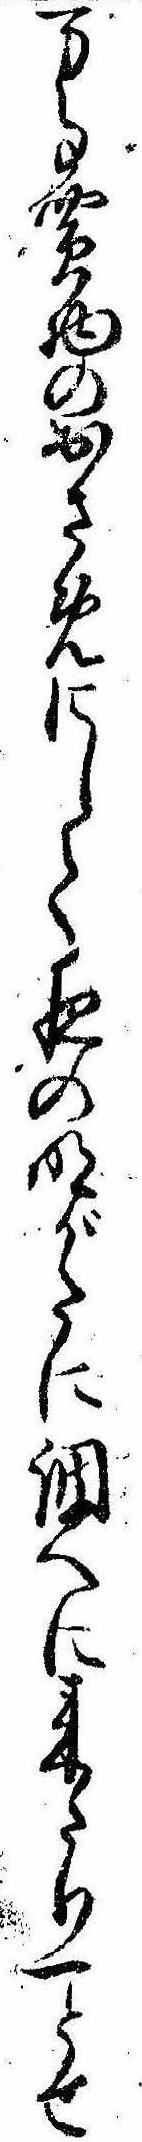
万事買物のおさめにして夜の明がたに調へに来たり一とせ